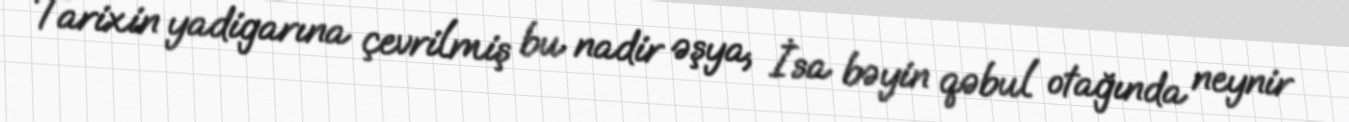
Tarixin yadigarına çevrilmiş bu nadir əşya, İsa bəyin qəbul otağında neynir